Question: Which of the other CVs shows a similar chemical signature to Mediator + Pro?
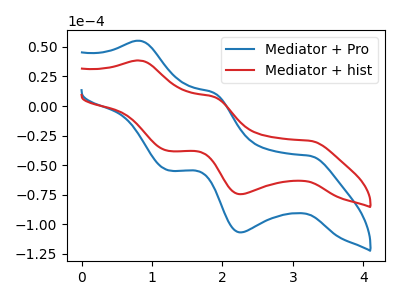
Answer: <think>The blue curve "Mediator + Pro" has anodic peaks at (0.85V, 55.20uA) (1.85V, 11.20uA) and cathodic peaks at (3.25V, -42.20uA) (2.25V, -107.00uA) (1.25V, -54.40uA). The red curve "Mediator + hist" has anodic peaks at (0.85V, 38.50uA) (1.85V, 7.80uA) and cathodic peaks at (3.25V, -29.45uA) (2.25V, -74.65uA) (1.25V, -37.95uA).
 All the peaks in "Mediator + Pro" have a peak in "Mediator + hist" at the same potential. Every peak in "Mediator + Pro" is higher than every peak in "Mediator + hist".</think>
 <answer>The CV with the most similar shape to "Mediator + hist" is "Mediator + Pro".</answer>
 <eval>"Mediator + Pro"</eval>